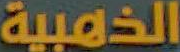
الذهبية